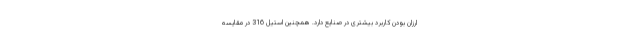
ارزان بودن کاربرد بیشتری در صنایع دارد. همچنین استیل 316 در مقایسه